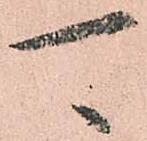
可